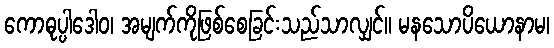
ကောဓုပ္ပါဒေါဝ၊ အမျက်ကိုဖြစ်စေခြင်းသည်သာလျှင်။ မနသောပိယောနာမ၊